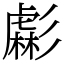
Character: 虨